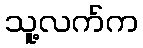
သူ့လက်က